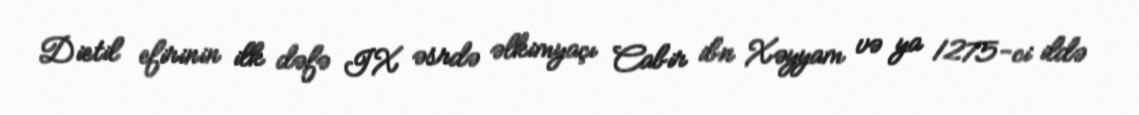
Dietil efirinin ilk dəfə IX əsrdə əlkimyaçı Cabir ibn Xəyyam və ya 1275-ci ildə